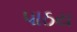
પાઠય